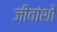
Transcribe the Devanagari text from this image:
जीवांशों